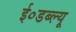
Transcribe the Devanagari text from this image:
ई०डब्ल्यू